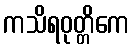
ကသိရဝုတ္တိကေ